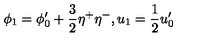
\phi _ { 1 } = \phi _ { 0 } ^ { \prime } + \frac { 3 } { 2 } \eta ^ { + } \eta ^ { - } , u _ { 1 } = \frac { 1 } { 2 } u _ { 0 } ^ { \prime }